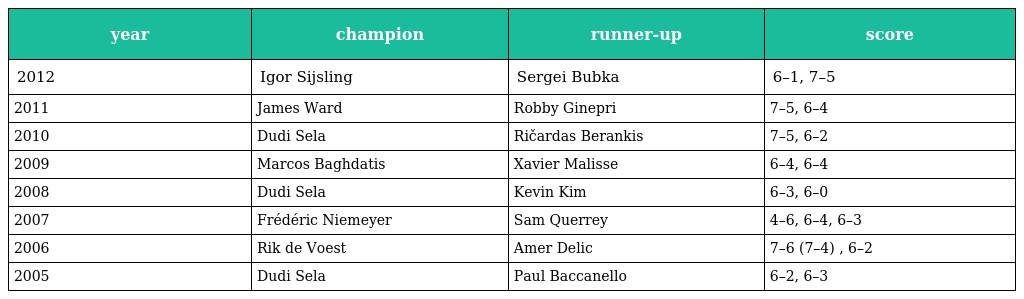
| year | champion | runner-up | score |
 | --- | --- | --- | --- |
 | 2012 | Igor Sijsling | Sergei Bubka | 6–1, 7–5 |
 | 2011 | James Ward | Robby Ginepri | 7–5, 6–4 |
 | 2010 | Dudi Sela | Ričardas Berankis | 7–5, 6–2 |
 | 2009 | Marcos Baghdatis | Xavier Malisse | 6–4, 6–4 |
 | 2008 | Dudi Sela | Kevin Kim | 6–3, 6–0 |
 | 2007 | Frédéric Niemeyer | Sam Querrey | 4–6, 6–4, 6–3 |
 | 2006 | Rik de Voest | Amer Delic | 7–6 (7–4) , 6–2 |
 | 2005 | Dudi Sela | Paul Baccanello | 6–2, 6–3 |